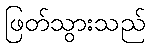
ဖြတ်သွားသည်